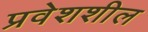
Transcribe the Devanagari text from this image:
प्रवेशशील